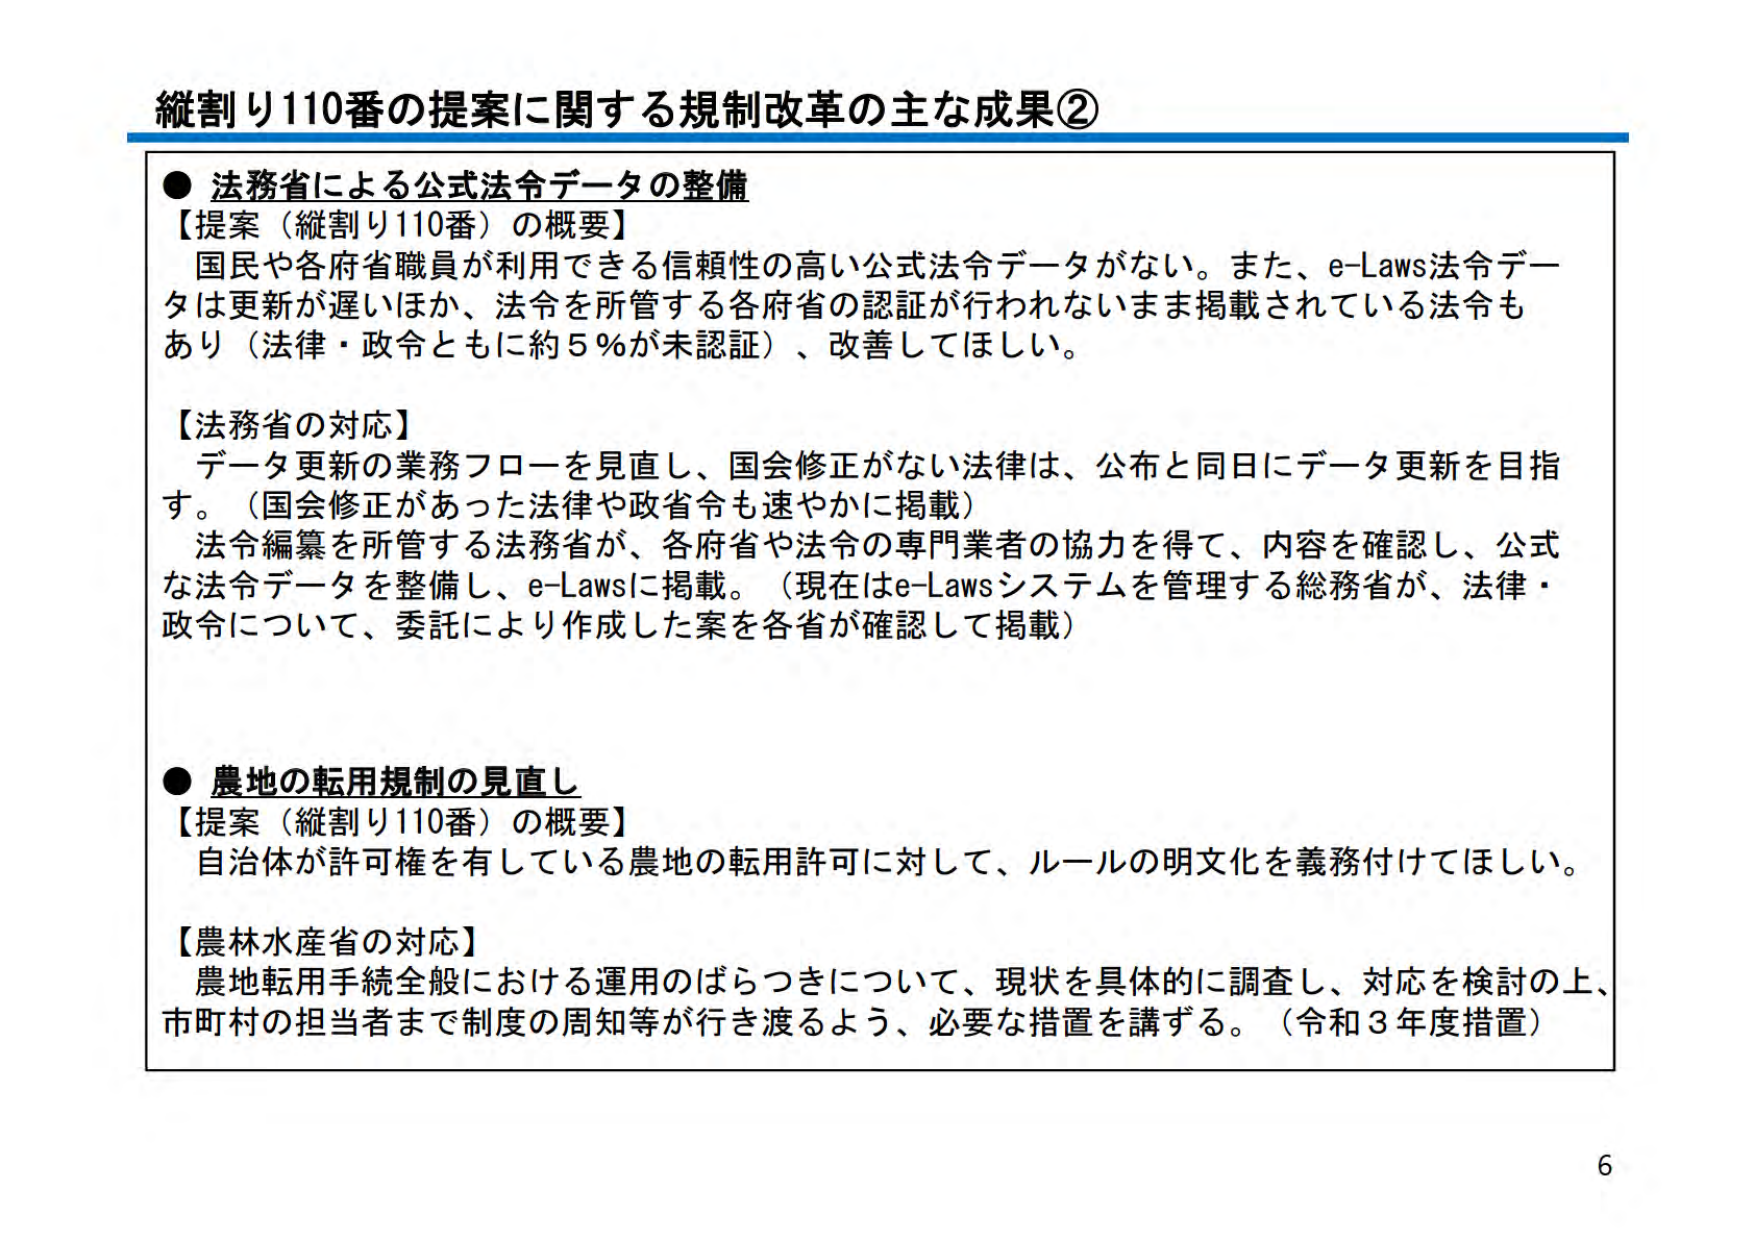
縦割り110番の提案に関する規制改革の主な成果②

● 法務省による公式法令データの整備
【提案（縦割り110番）の概要】
国民や各府省職員が利用できる信頼性の高い公式法令データがない。また、e-Laws法令データは更新が遅いほか、法令を所管する各府省の認証が行われないまま掲載されている法令もあり（法律・政令ともに約5％が未認証）、改善してほしい。

【法務省の対応】
データ更新の業務フローを見直し、国会修正がない法律は、公布と同日にデータ更新を目指す。（国会修正があった法律や政省令も速やかに掲載）
法令編纂を所管する法務省が、各府省や法令の専門業者の協力を得て、内容を確認し、公式な法令データを整備し、e-Lawsに掲載。（現在はe-Lawsシステムを管理する総務省が、法律・政令について、委託により作成した案を各省が確認して掲載）

● 農地の転用規制の見直し
【提案（縦割り110番）の概要】
自治体が許可権を有している農地の転用許可に対して、ルールの明文化を義務付けてほしい。

【農林水産省の対応】
農地転用手続全般における運用のばらつきについて、現状を具体的に調査し、対応を検討の上、市町村の担当者まで制度の周知等が行き渡るよう、必要な措置を講ずる。（令和3年度措置）

6